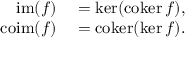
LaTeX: \begin{array} { r l } { \operatorname { i m } ( f ) } & { { } = \ker ( \operatorname { c o k e r } f ) , } \\ { \operatorname { c o i m } ( f ) } & { { } = \operatorname { c o k e r } ( \ker f ) . } \end{array}